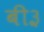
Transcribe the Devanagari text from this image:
बी३